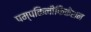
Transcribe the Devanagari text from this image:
पम्पकिनीफिकेशन